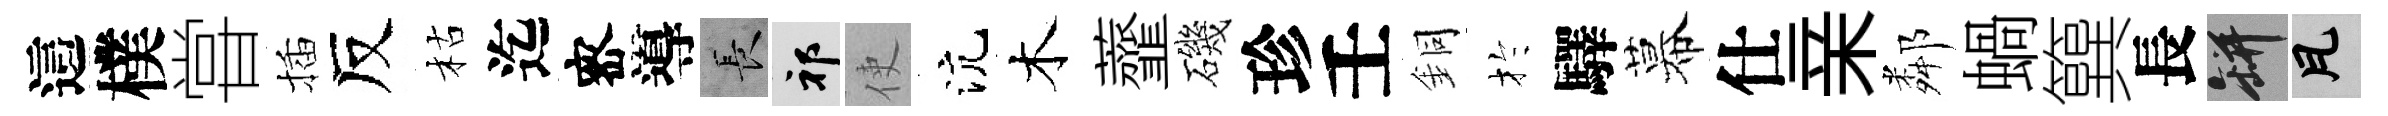
這樸甞插反枯迄宻導长祁使沆木虀磯珍壬銅扵驛幕仕亲鄰蝸簨長瓶瓦